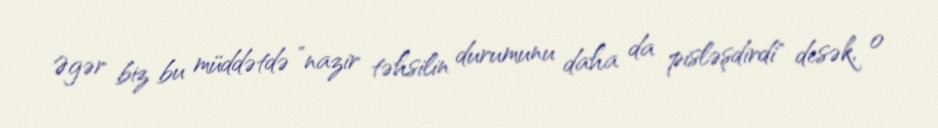
Əgər biz bu müddətdə ”nazir təhsilin durumunu daha da pisləşdirdi" desək, o